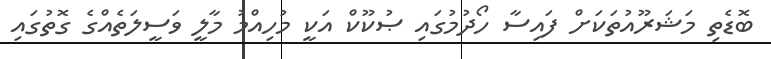
ބޮޑެތި މަޝަރޫއުތަކަށް ފައިސާ ހޯދުމުގައި ޞުކޫކް އަކީ މުހިއްމު މާލީ ވަސީލަތެއްގެ ގޮތުގައި